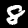
Label: 8